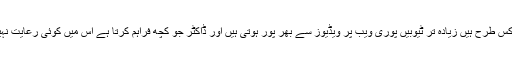
ویڈیو کس طرح ہیں زیادہ تر ٹیوبیں پوری ویب پر ویڈیوز سے بھر پور ہوتی ہیں اور ڈاکٹر جو کچھ فراہم کرتا ہے اس میں کوئی رعایت نہیں ہے۔